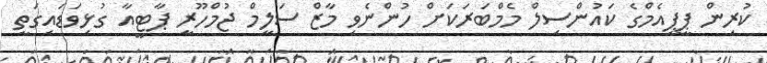
ކުރިން ޕީޕީއެމްގެ ކައުންސިލް މެމްބަރަކަށް ހުންނެވި މާޒް ސަލީމް ޖުމްހޫރީ ޕާޓީއާ ގުޅިވަޑައިގަތީ